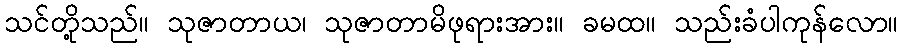
သင်တို့သည်။ သုဇာတာယ၊ သုဇာတာမိဖုရားအား။ ခမထ။ သည်းခံပါကုန်လော။